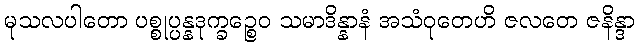
မုသလပါတော ပစ္စုပ္ပန္နဒုက္ခဉ္စေဝ သမာဒိန္နာနံ အသံဝုတေဟိ ဇလတေ ဇနိန္ဒာ